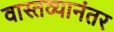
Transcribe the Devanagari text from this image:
वास्तव्यानंतर